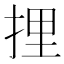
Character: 捚